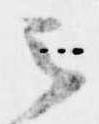
云